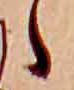
ゝ